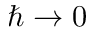
\hbar \rightarrow 0